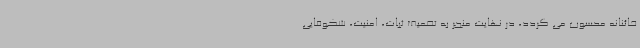
خائنانه محسوب می گردد، در نهایت منجر به تضعیف ثبات، امنیت، شکوفایی